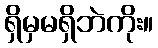
ရှိမှမရှိဘဲကိုး။